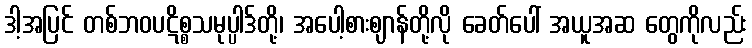
ဒါ့အပြင် တစ်ဘဝပဋိစ္စသမုပ္ပါဒ်တို့၊ အပေါ့စားဈာန်တို့လို ခေတ်ပေါ် အယူအဆ တွေကိုလည်း